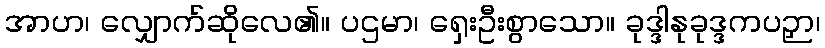
အာဟ၊ လျှောက်ဆိုလေ၏။ ပဌမာ၊ ရှေးဦးစွာသော။ ခုဒ္ဒါနုခုဒ္ဒကပဉှာ၊